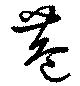
巷